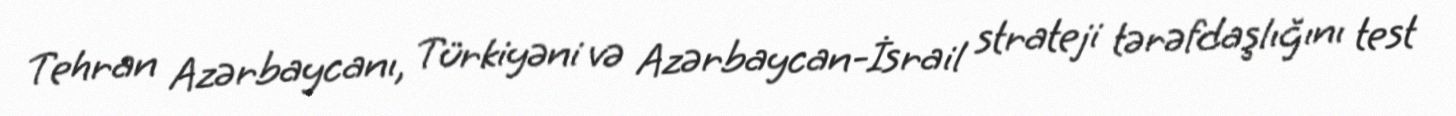
Tehran Azərbaycanı, Türkiyəni və Azərbaycan-İsrail strateji tərəfdaşlığını test